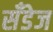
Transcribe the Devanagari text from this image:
सँडेज